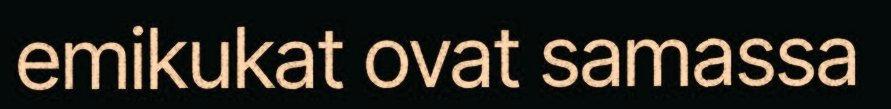
emikukat ovat samassa